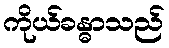
ကိုယ်ခန္ဓာသည်